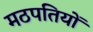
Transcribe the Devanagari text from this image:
मठपतियों